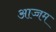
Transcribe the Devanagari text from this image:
आज्जम